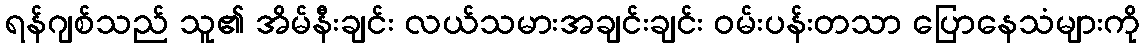
ရန်ဂျစ်သည် သူ၏ အိမ်နီးချင်း လယ်သမားအချင်းချင်း ဝမ်းပန်းတသာ ပြောနေသံများကို